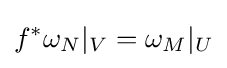
f^{*}\omega _{N}\vert _{V}=\omega _{M}\vert _{U}